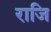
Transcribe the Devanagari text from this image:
राजि